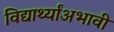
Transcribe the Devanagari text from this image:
विद्यार्थ्यांअभावी